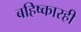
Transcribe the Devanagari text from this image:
बहिष्कारही